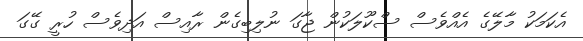
އެކަމަކު މާލޭގެ އެއްވެސް ސްކޫލަކުން ޖާގަ ނުލިބިގެން ރާއިސް އަދިވެސް ހުރީ ގޭގަ